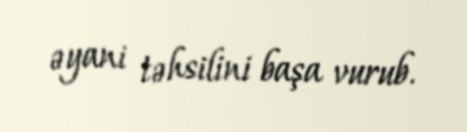
əyani təhsilini başa vurub.